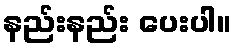
နည်းနည်း ပေးပါ။